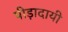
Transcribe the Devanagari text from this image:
पीड़ादायी